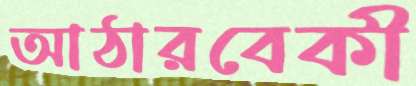
আঠারবেকী